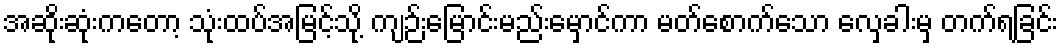
အဆိုးဆုံးကတော့ သုံးထပ်အမြင့်သို့ ကျဉ်းမြောင်းမည်းမှောင်ကာ မတ်စောက်သော လှေခါးမှ တက်ရခြင်း